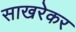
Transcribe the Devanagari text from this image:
साखरेकर